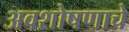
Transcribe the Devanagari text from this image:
अवशोषणाचे